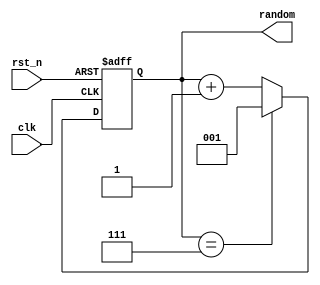
`timescale 1ns / 1ps
//////////////////////////////////////////////////////////////////////////////////
// Company: 
// Engineer: 
// 
// Design Name: 
// Module Name: random_generator
// Project Name: 
// Target Devices: 
// Tool Versions: 
// Description: 
// 
// Dependencies: 
// 
// Revision:
// Revision 0.01 - File Created
// Additional Comments:
// 
//////////////////////////////////////////////////////////////////////////////////


module random_generator(
    input clk,
    input rst_n,
    output reg [2:0] random
    );
    
    always @(posedge clk or negedge rst_n)
        if(~rst_n) 
            random <= 3'b001;
        else 
            begin
            if (random == 7)
                random = 1;
            else
                random = random + 1;
            end
    
    
endmodule